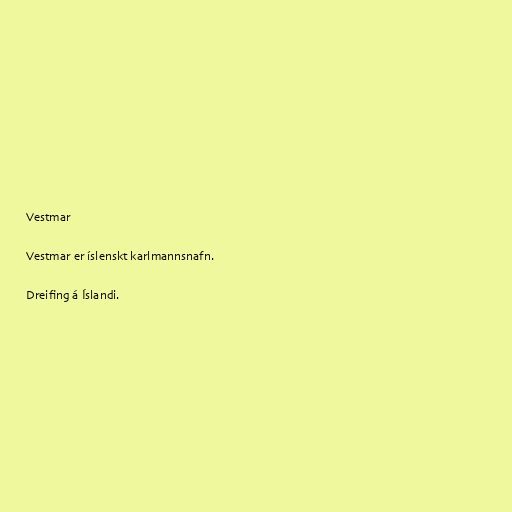
Vestmar

Vestmar er íslenskt karlmannsnafn.

Dreifing á Íslandi.